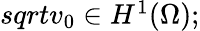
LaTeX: \begin{array}{rl}{sqrt{v_{0}}\in H^{1}(\Omega);}\end{array}